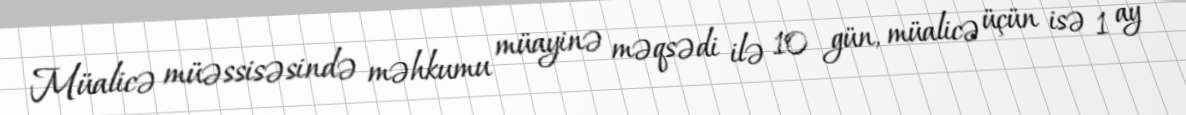
Müalicə müəssisəsində məhkumu müayinə məqsədi ilə 10 gün, müalicə üçün isə 1 ay